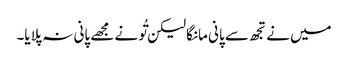
میں نے تجھ سے پانی مانگا لیکن تُو نے مجھے پانی نہ پلایا۔